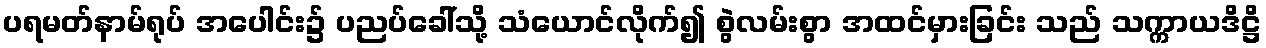
ပရမတ်နာမ်ရုပ် အပေါင်း၌ ပညပ်ခေါ်သို့ သံယောင်လိုက်၍ စွဲလမ်းစွာ အထင်မှားခြင်း သည် သက္ကာယဒိဋ္ဌိ